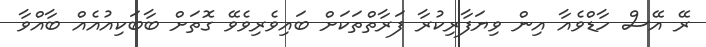
ރޭ އޭސް ހާޑްވެއާ އިން ވިޔަފާރިކުރާ ފަރާތްތަކަށް ބައިވެރިވެވޭ ގޮތަށް ބާބަކިއުއެއް ބާއްވާ